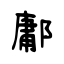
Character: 鄘